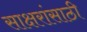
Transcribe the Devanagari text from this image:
साक्षरांसाठी